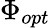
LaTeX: \Phi_{opt}